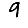
Digit: 9